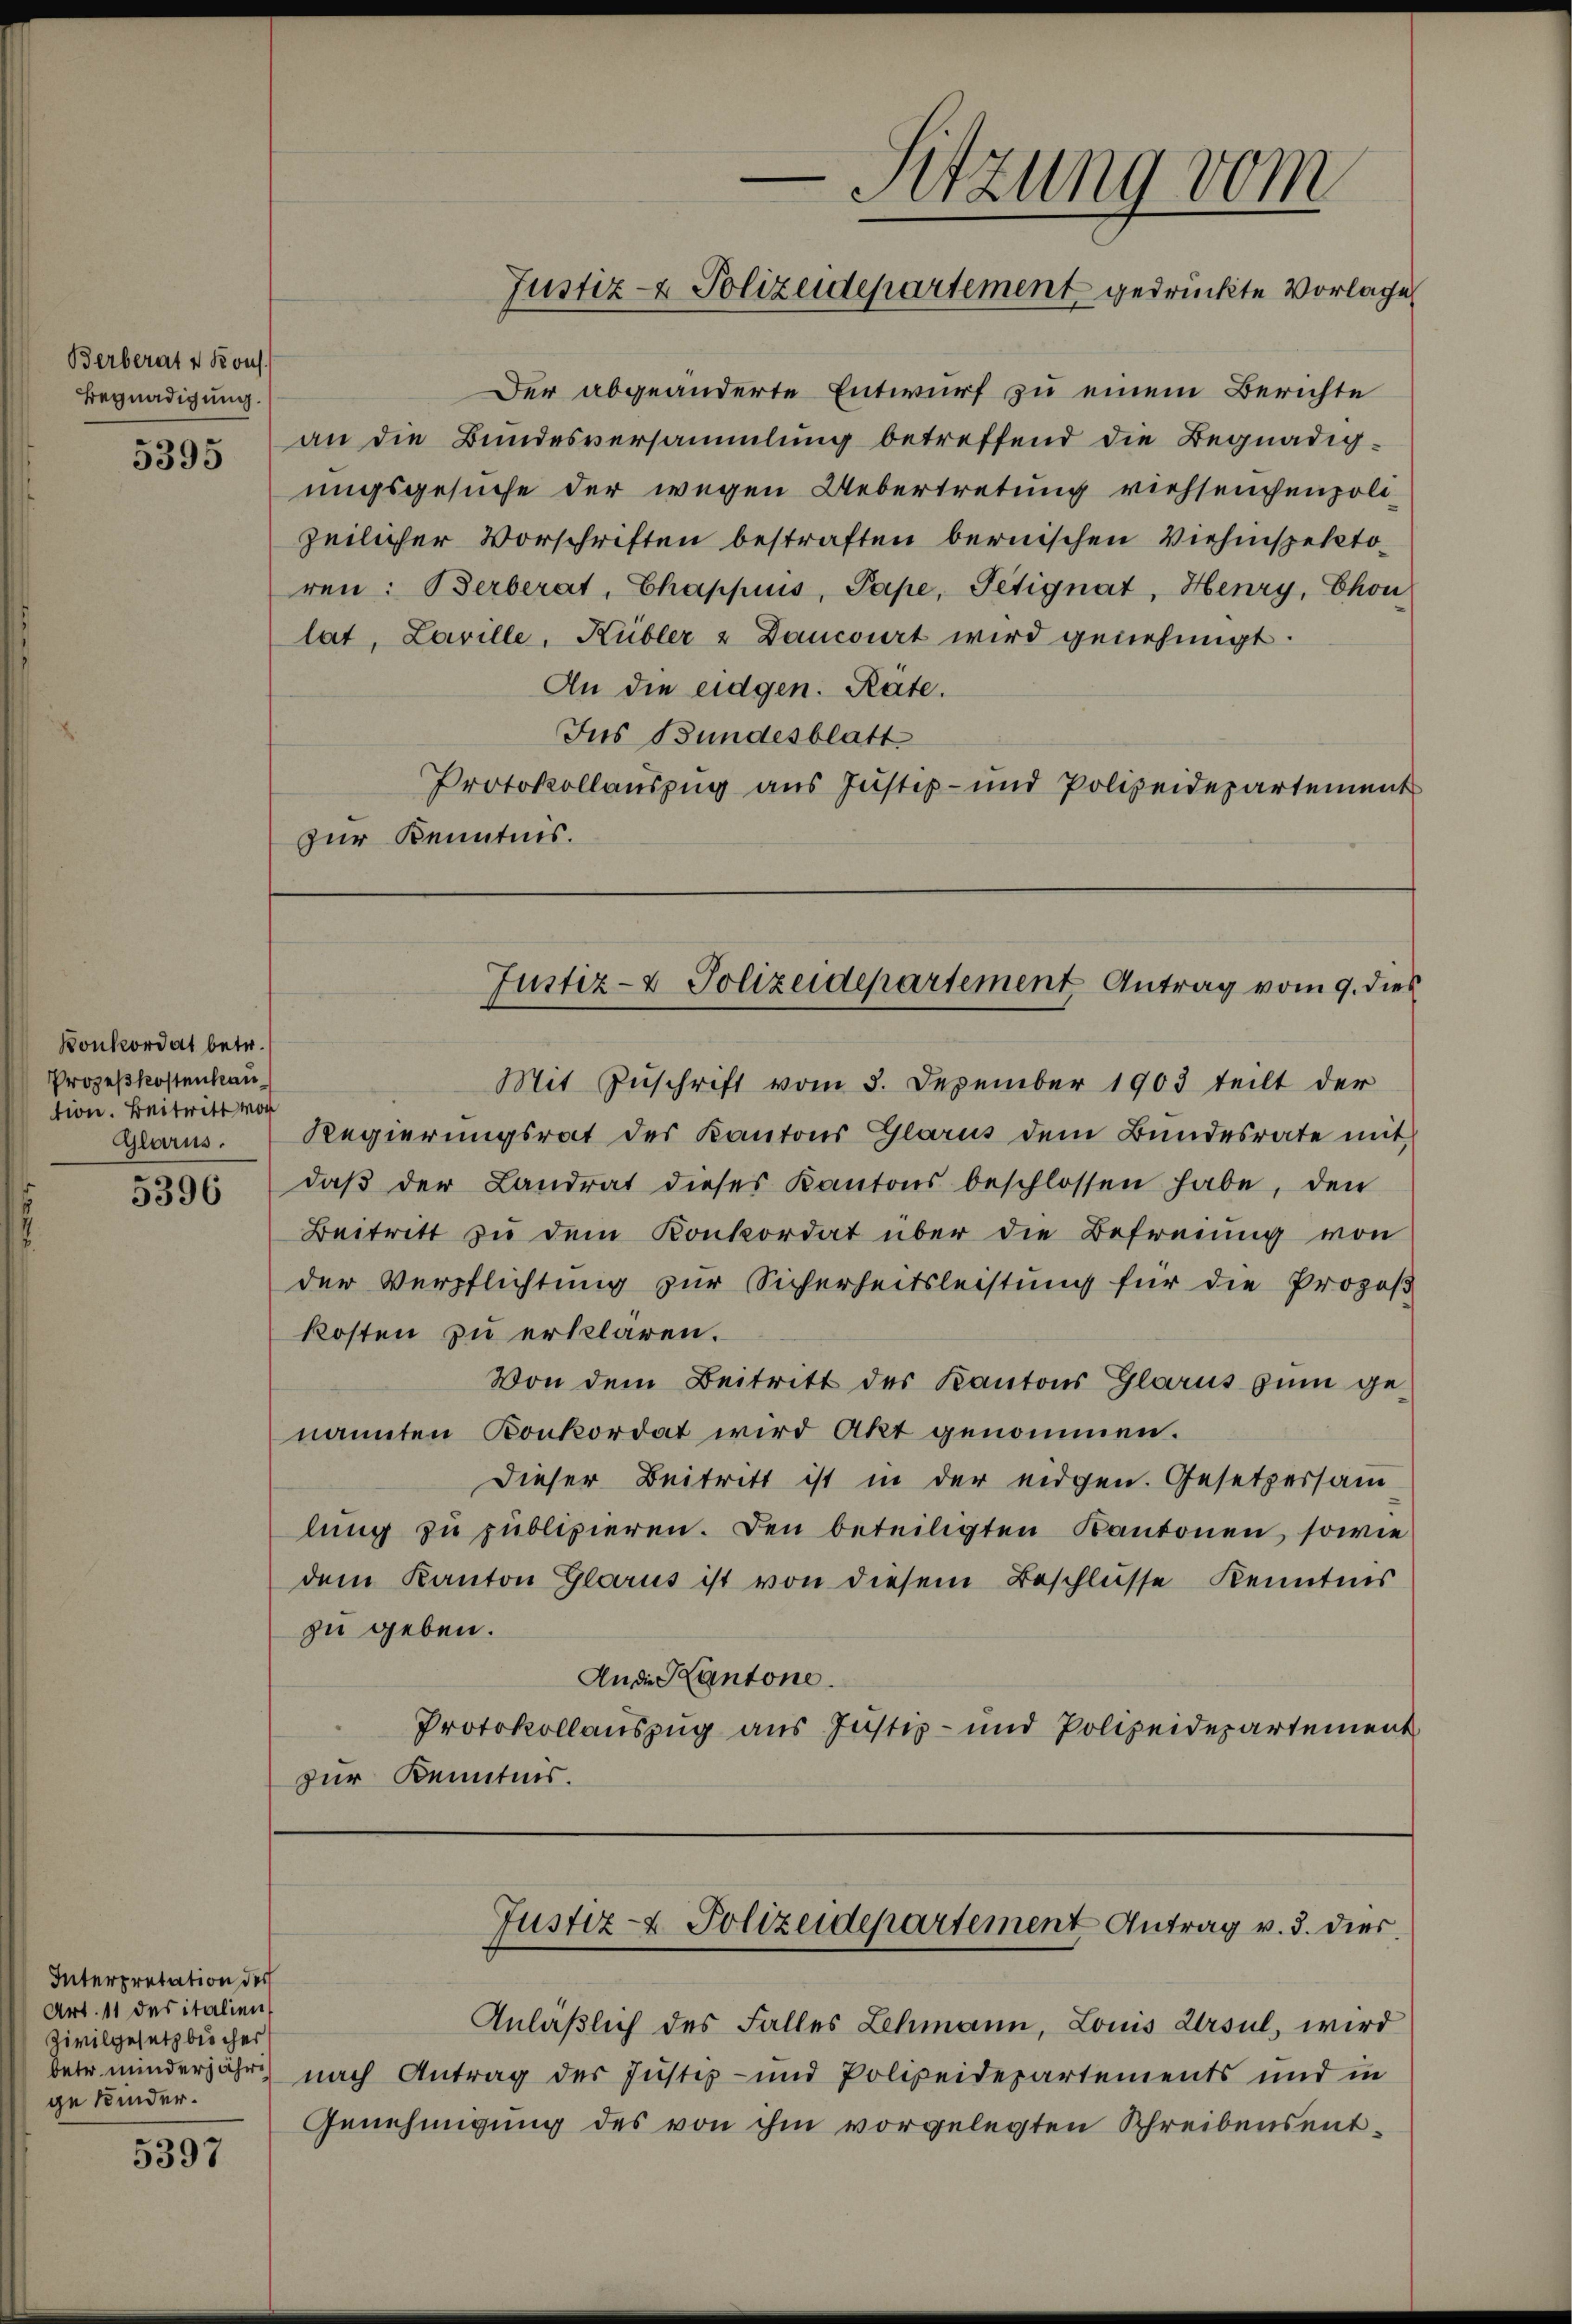
Berberat v. Kons.
Begnadigung.
5395

Konkordat betr.
Prozeßkostenhaution. Beitritt vor
5396

Interpretation des
Art. 11 des italien,
Zivilgesetzbücher
ge Kinder.

5397

Der abgeänderte Entwurf zu einem Berichte
an die Bundesversammlung betreffend die Begnadigungsgesuche der wegen Uebertretung viehseuchenpolizeilicher Vorschriften bestraften bernischen Viehinspektoren: Berberat, Chappuis, Pape, Petignat, Henry, Chon
lat, Laville, Kübler & Dancourt wird genehmigt.
An die eidgen. Räte.
Jus Bundesblatt
Protokollauszug aus Justiz- und Polizeidepartement
zur Kenntnis.

Sitzung vom
Justiz- & Polizeidepartement gedrückte Vorlage

Mit Zuschrift vom 3. Dezember 1903 teilt der
Glarus. Regierŭngsrat des Kantons Glarus dem Bŭndesrate mit
daβ der Landrat dieses Kantons beschlossen habe, den
Beitritt zu dem Konkordat über die Befreiung von
der Verpflichtung zur Sicherheitsleistung für die Propos
kosten zu erklären.
Von dem Beitritt des Kantons Glarus zum ge-
nannten Konkordat wird Akt genommen.
Dieser Beitritt ist in der eidgen. Gesetzersam
lung zu publizieren. Den beteiligten Kantonen, sowie
dem Kanton Glarus ist von diesem Beschlüsse Kenntnis
zu geben.
An die Kantone.
Protokollauszug aus Justiz- und Polizeidepartement
zur Kenntnis.

Justiz- & Polizeidepartement Antrag vom 9. dies

Justiz- & Polizeidepartement Antrag v. d. dies

Anläßlich des Falles Lehmann, Louis Ursul, wird
bete minderjähr nach Antrag der Justiz- und Polizeidepartements und in
Genehmigung des von ihm vorgelegten Schreibensent¬